Distribution and causation of leprosy in British India
Year: 1875
Disease focus: Leprosy
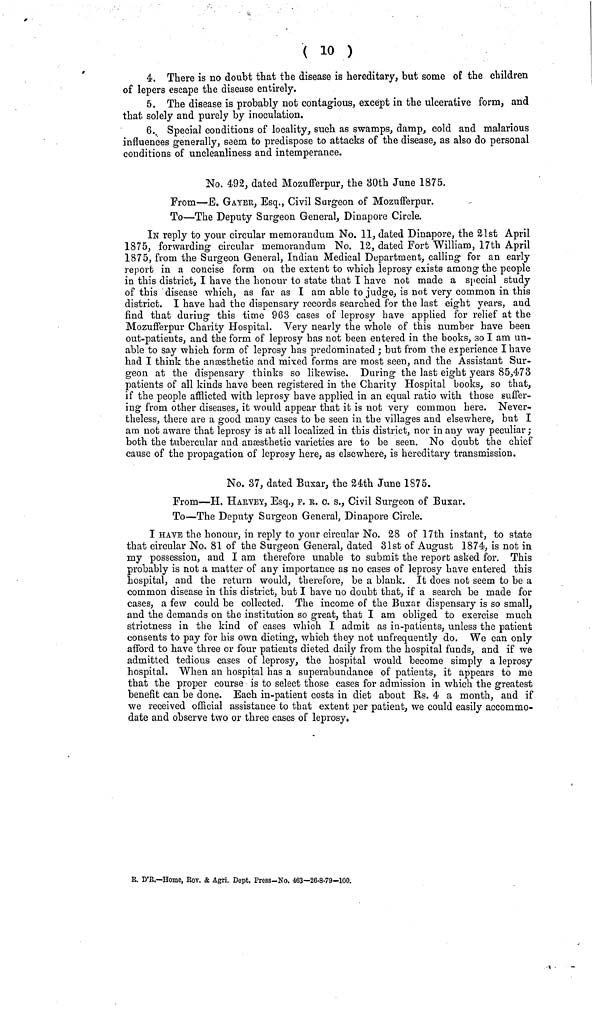
( io )
4. There is no doubt that the disease is hereditary, but some oE the children
of lepers escape the disease entirely.
5. The disease is probably not contagious, except in the ulcerative form, and
that solely and purely by inoculation.
6. Special conditions of locality, such as swamps, damp, cold and malarious
influences generally, seem to predispose to attacks of the disease, as also do personal
conditions of uncleanliness and intemperance.
No. 492, dated Mozufferpur, the 30th June 1875.
From—E, GAYER, Esq., Civil Surgeon of Mozufferpur.
To—The Deputy Surgeon General, Dinapore Circle.
IN reply to your circular memorandum No. 11, dated Dinapore, the 21st April
1875, forwarding circular memorandum No. 12, dated Fort William, 17th April
1875, from the Surgeon General, Indian Medical Department, calling for an early
report in a concise form on the extent to which leprosy exists among the people
in this district, I have the honour to state that I have not made a special study
of this disease which, as far as I am able to judge, is not very common in this
district. I have had the dispensary records searched for the last eight years, and
find that during this time 963 cases of leprosy have applied for relief at the
Mozufferpur Charity Hospital. Very nearly the whole of this number have been
out-patients, and the form of leprosy has not been entered in the books, so I am un-
able to say which form of leprosy has predominated ', but from the experience I have
had I think the anesthetic and mixed forms are most seen, and the Assistant Sur-
geon at the dispensary thinks so likewise. During the last eight years 85,473
patients of all kinds have been registered in the Charity Hospital books, so that,
if the people afflicted with leprosy have applied in an equal ratio with those suffer-
ing from other diseases, it would appear that it is not very common here. Never-
theless, there are a good many cases to be seen in the villages and elsewhere, but I
am not aware that leprosy is at all localized in this district, nor in any way peculiar ;
both the tubercular and anesthetic varieties are to be seen. No doubt the chief
cause of the propagation of leprosy here, as elsewhere, is hereditary transmission.
No. 37, dated Buxar, the 24th June 1875.
From—H. HARVEY, Esq., F. R. c. s., Civil Surgeon of Buxar.
To—The Deputy Surgeon General, Dinapore Circle.
I HAVE the honour, in reply to your circular No. 28 of 17th instant, to state
that circular No. 81 of the Surgeon General, dated 31st of August 1874, is not in
my possession, and I am therefore unable to submit the report asked for. This
probably is not a matter of any importance as no cases of leprosy have entered this
hospital, and the return would, therefore, be a blank. It does not seem to be a
common disease in this district, but I have no doubt that, if a search be made for
cases, a few could be collected. The income of the Buxar dispensary is so small,
and the demands on the institution so great, that I am obliged to exercise much
strictness in the kind of cases which I admit as in-patients, unless the patient
consents to pay for his own dieting, which they not unfrequently do. We can only
afford to have three or four patients dieted daily from the hospital funds, and if we
admitted tedious cases of leprosy, the hospital would become simply a leprosy
hospital. When an hospital has a superabundance of patients, it appears to me
that the proper course is to select those cases for admission in which the greatest
benefit can be done. Each in-patient costs in diet about Es. 4 a month, and if
we received official assistance to that extent per patient, we could easily accommo-
date and observe two or three cases of leprosy.
E. D'R.—Home, Rov. & Agri. Dopt. Press-No. 463—26-8-79—100.